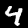
Digit: 4